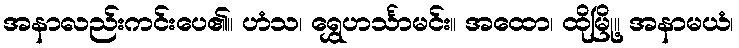
အနာလည်းကင်းပေ၏။ ဟံသ၊ ရွှေဟင်္သာမင်း။ အထော၊ ထိုမြို့။ အနာမယံ၊